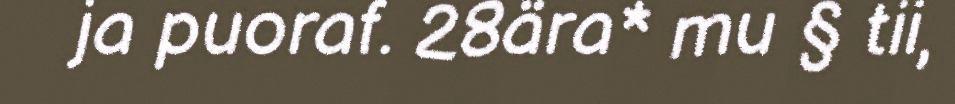
ja puoraf. 28ära* mu § tii,